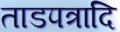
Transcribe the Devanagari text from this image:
ताडपत्रादि